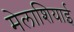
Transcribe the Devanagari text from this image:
मेलाशियाई